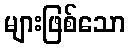
များဖြစ်သော